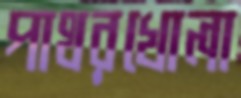
পাথরখোলা